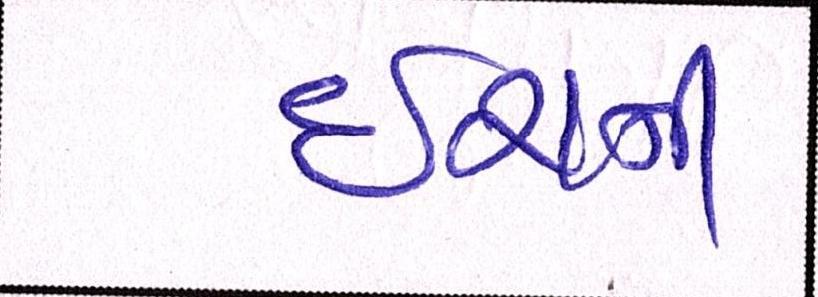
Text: ઈરાની